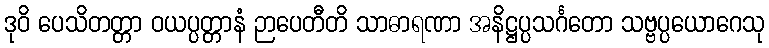
ဒုဝိ ပေသိတတ္တာ ဝယပ္ပတ္တာနံ ဉာပေတီတိ သာဓာရဏာ အနိဋ္ဌပ္ပသင်္ဂတော သဗ္ဗပ္ပယောဂေသု